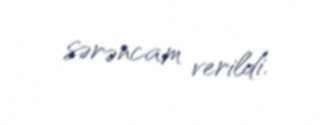
sərəncam verildi.